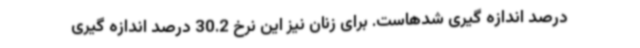
درصد اندازه گیری شدهاست. برای زنان نیز این نرخ 30.2 درصد اندازه گیری